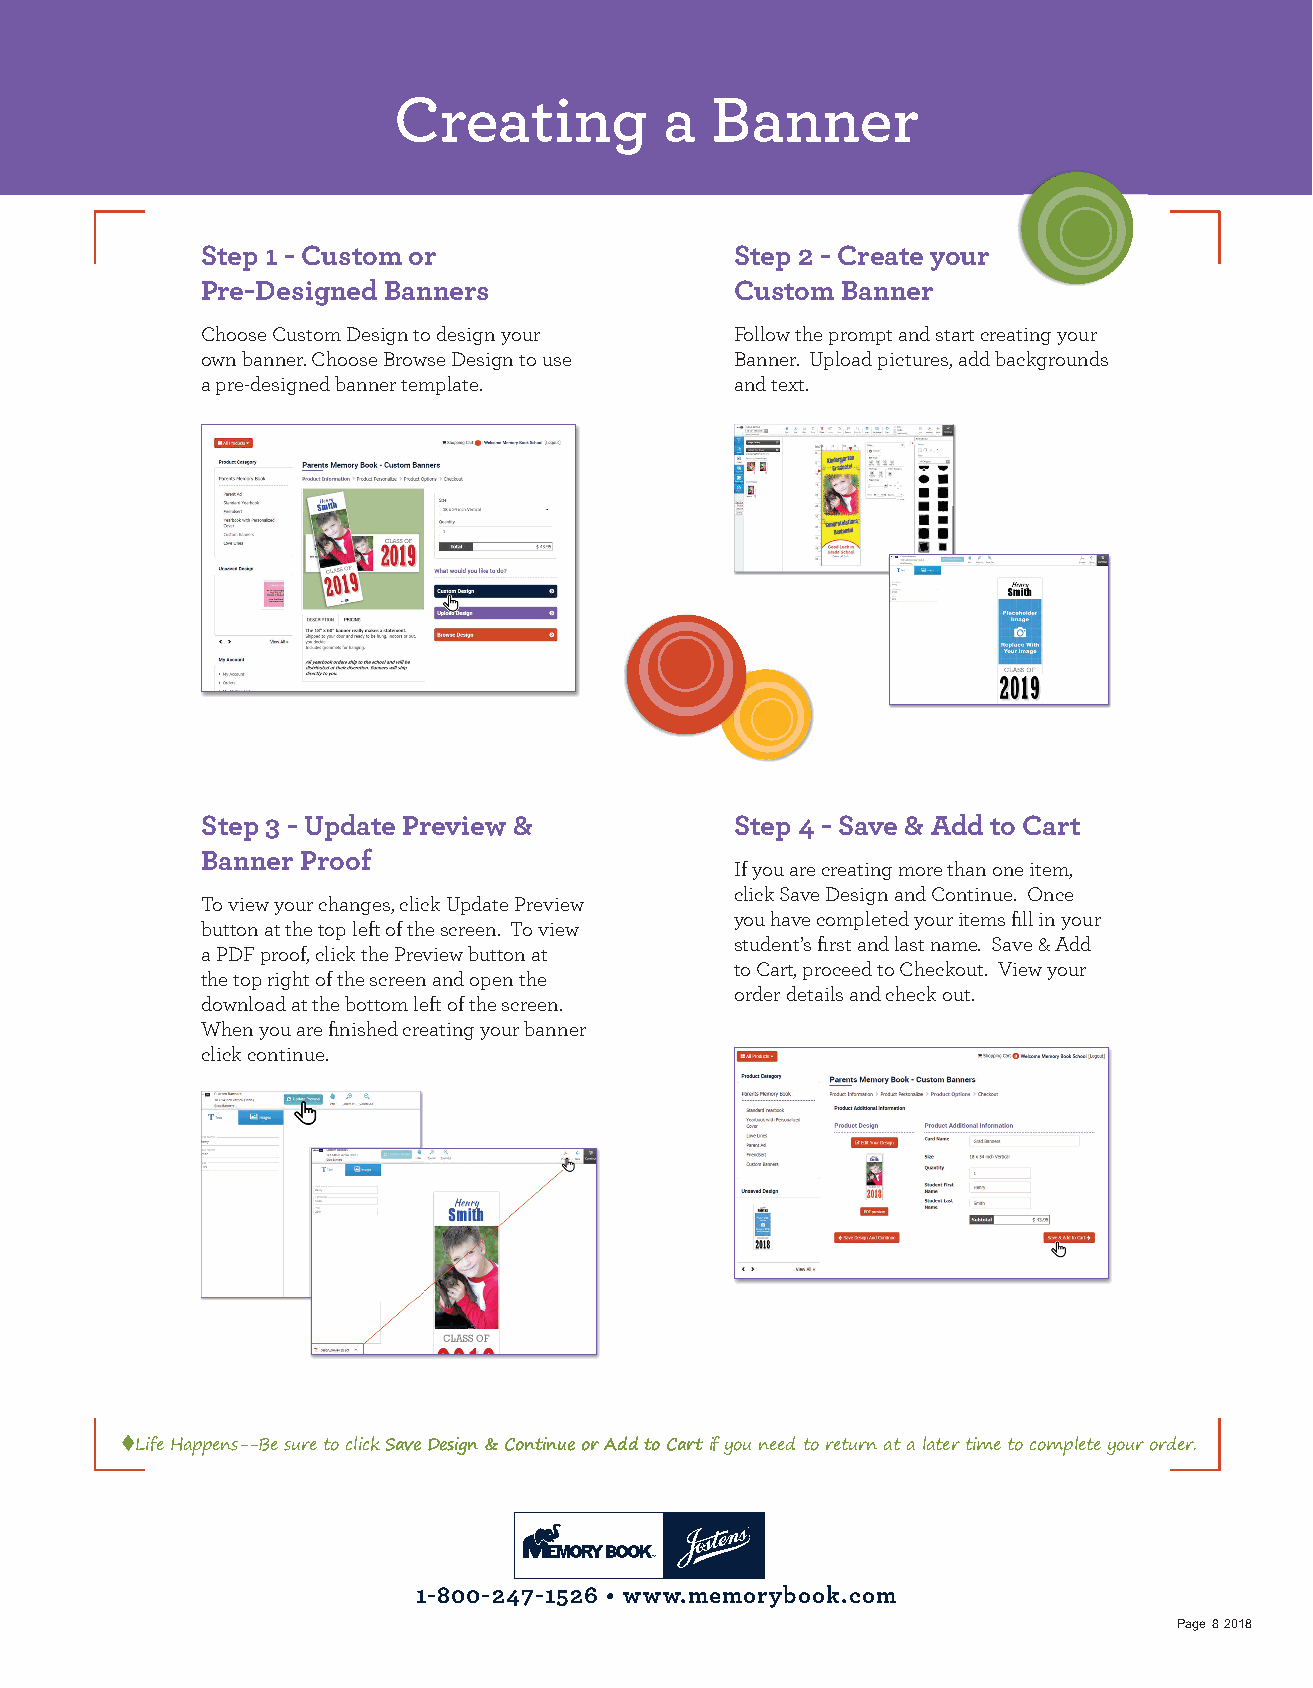
Creating          a  Banner
 Step 1 - Custom or                  Step 2 - Create your
 Pre-Designed Banners                Custom Banner
 Choose Custom Design to design your Follow the prompt and start creating your
 own banner. Choose Browse Design to use Banner. Upload pictures, add backgrounds
 a pre-designed banner template.     and text.
 Step 3 - Update Preview &           Step 4 - Save & Add to Cart
 Banner Proof
 If you are creating more than one item,
 click Save Design and Continue. Once
 To view your changes, click Update Preview
 you have completed your items fi ll in your
 button at the top left of the screen. To view
 student’s fi rst and last name. Save & Add
 a PDF proof, click the Preview button at
 to Cart, proceed to Checkout. View your
 the top right of the screen and open the
 order details and check out.
 download at the bottom left of the screen.
 When you are fi nished creating your banner
 click continue.
 ♦Life Happens--Be sure to click Save Design & Continue or Add to Cart if you need to return at a later time to complete your order.
 1-800-247-1526 • www.memorybook.com
 Page 8 2018